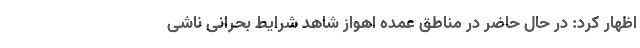
اظهار کرد: در حال حاضر در مناطق عمده اهواز شاهد شرایط بحرانی ناشی